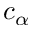
c _ { \alpha }